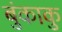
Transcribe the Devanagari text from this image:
बुंकाकु